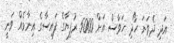
އަދި ދެވަނަ ހޯދި ހަވާސް އަށް 5000 ރުފިޔާގެ ފައިސާގެ އިނާމެއް ވަނީ